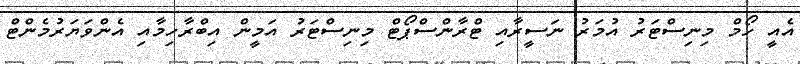
އެއީ ހޯމް މިނިސްޓަރު އުމަރު ނަސީރާއި ޓްރާންސްޕޯޓް މިނިސްޓަރު އަމީން އިބްރާހިމާއި އެންވަޔަރުމެންޓް